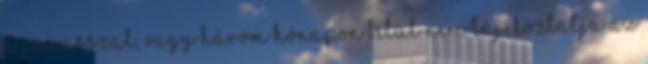
a panasszal, vagy három hónapon belül nem tájékoztatja az